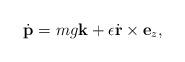
LaTeX: \begin{align*}\dot{\mathbf p}=mg\mathbf k+\epsilon \dot{\mathbf r} \times \mathbf e_z,\end{align*}